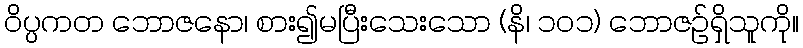
ဝိပ္ပကတ ဘောဇနော၊ စား၍မပြီးသေးသော (နိ၊ ၁၀၁) ဘောဇဉ်ရှိသူကို။